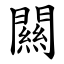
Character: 闗